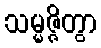
သမ္မဇ္ဇိတွာ